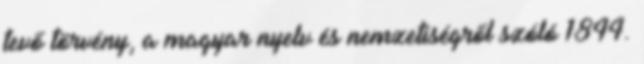
tevő törvény, a magyar nyelv és nemzetiségről szóló 1844.